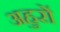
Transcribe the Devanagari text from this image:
अहुरों